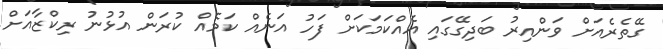
ގޭތެރެއަށް ވަންއިރު ބަދިގޭގައި އެއްކަމަކަށް ފަހު އަނެއް ކަމެއް ކުރަން އުޅުނު ރިކްޒާއަށް